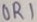
Text: OR1